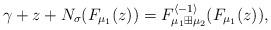
LaTeX: \begin{align*}\gamma+z+N_{\sigma}(F_{\mu_{1}}(z))=F_{\mu_{1}\boxplus\mu_{2}}^{\langle-1\rangle}(F_{\mu_{1}}(z)),\end{align*}